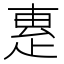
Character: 𤴛